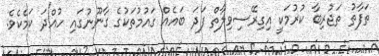
ތަފާތު ތަޖުރިބާ ކުރުމަކީ އިގިރޭސިވިލާތް ފަދަ ބައެއް ގައުމުތަކުގެ ގާނޫނުގައި ހުއްދަ ކަމެކެވެ.